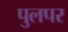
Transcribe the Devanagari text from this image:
पुलपर